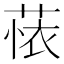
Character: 𬝗